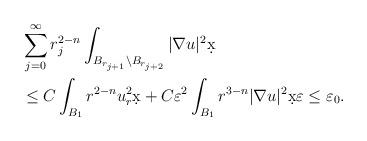
LaTeX: \begin{align*}&\sum_{j = 0}^{\infty} r_{j}^{2-n}\int_{B_{r_{j+1}}\setminus B_{r_{j+2}}} |\nabla u|^2 \d x \\& \leq C \int_{B_{1}} r^{2-n} u_r^2 \d x + C \varepsilon^2 \int_{B_{1}} r^{3-n}|\nabla u|^2 \d x \varepsilon \leq \varepsilon_0.\end{align*}